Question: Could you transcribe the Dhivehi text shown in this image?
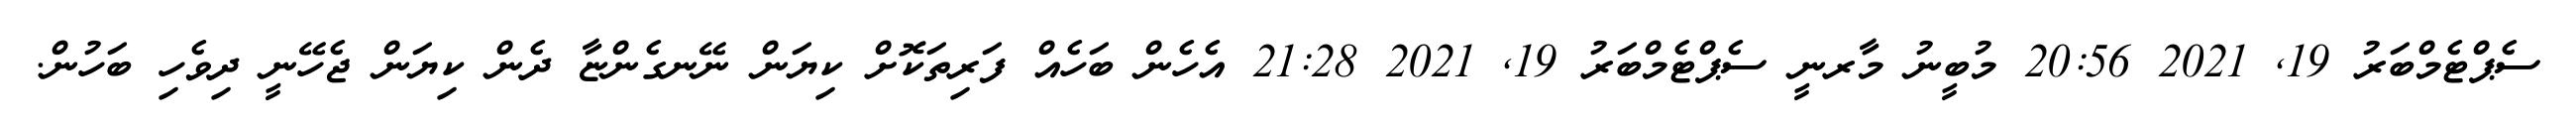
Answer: ސެޕްޓެމްބަރު 19, 2021 20:56 މުބީނު މާރނީ ސެޕްޓެމްބަރު 19, 2021 21:28 އެހެން ބަހެއް ފަރިތަކޮށް ކިޔަން ނޭނގެންޏާ ދެން ކިޔަން ޖެހޭނީ ދިވެހި ބަހުން.